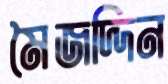
মৈজদ্দিন